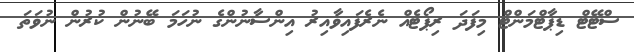
ސްޓޭޓް ޑިޕާޓްމަންޓް މިފަދަ ރިޕޯޓެއް ނެރެފައިވާއިރު އިންސާނުންގެ ނުހަމަ ބޭނުން ކުރުން ނުވަތަ